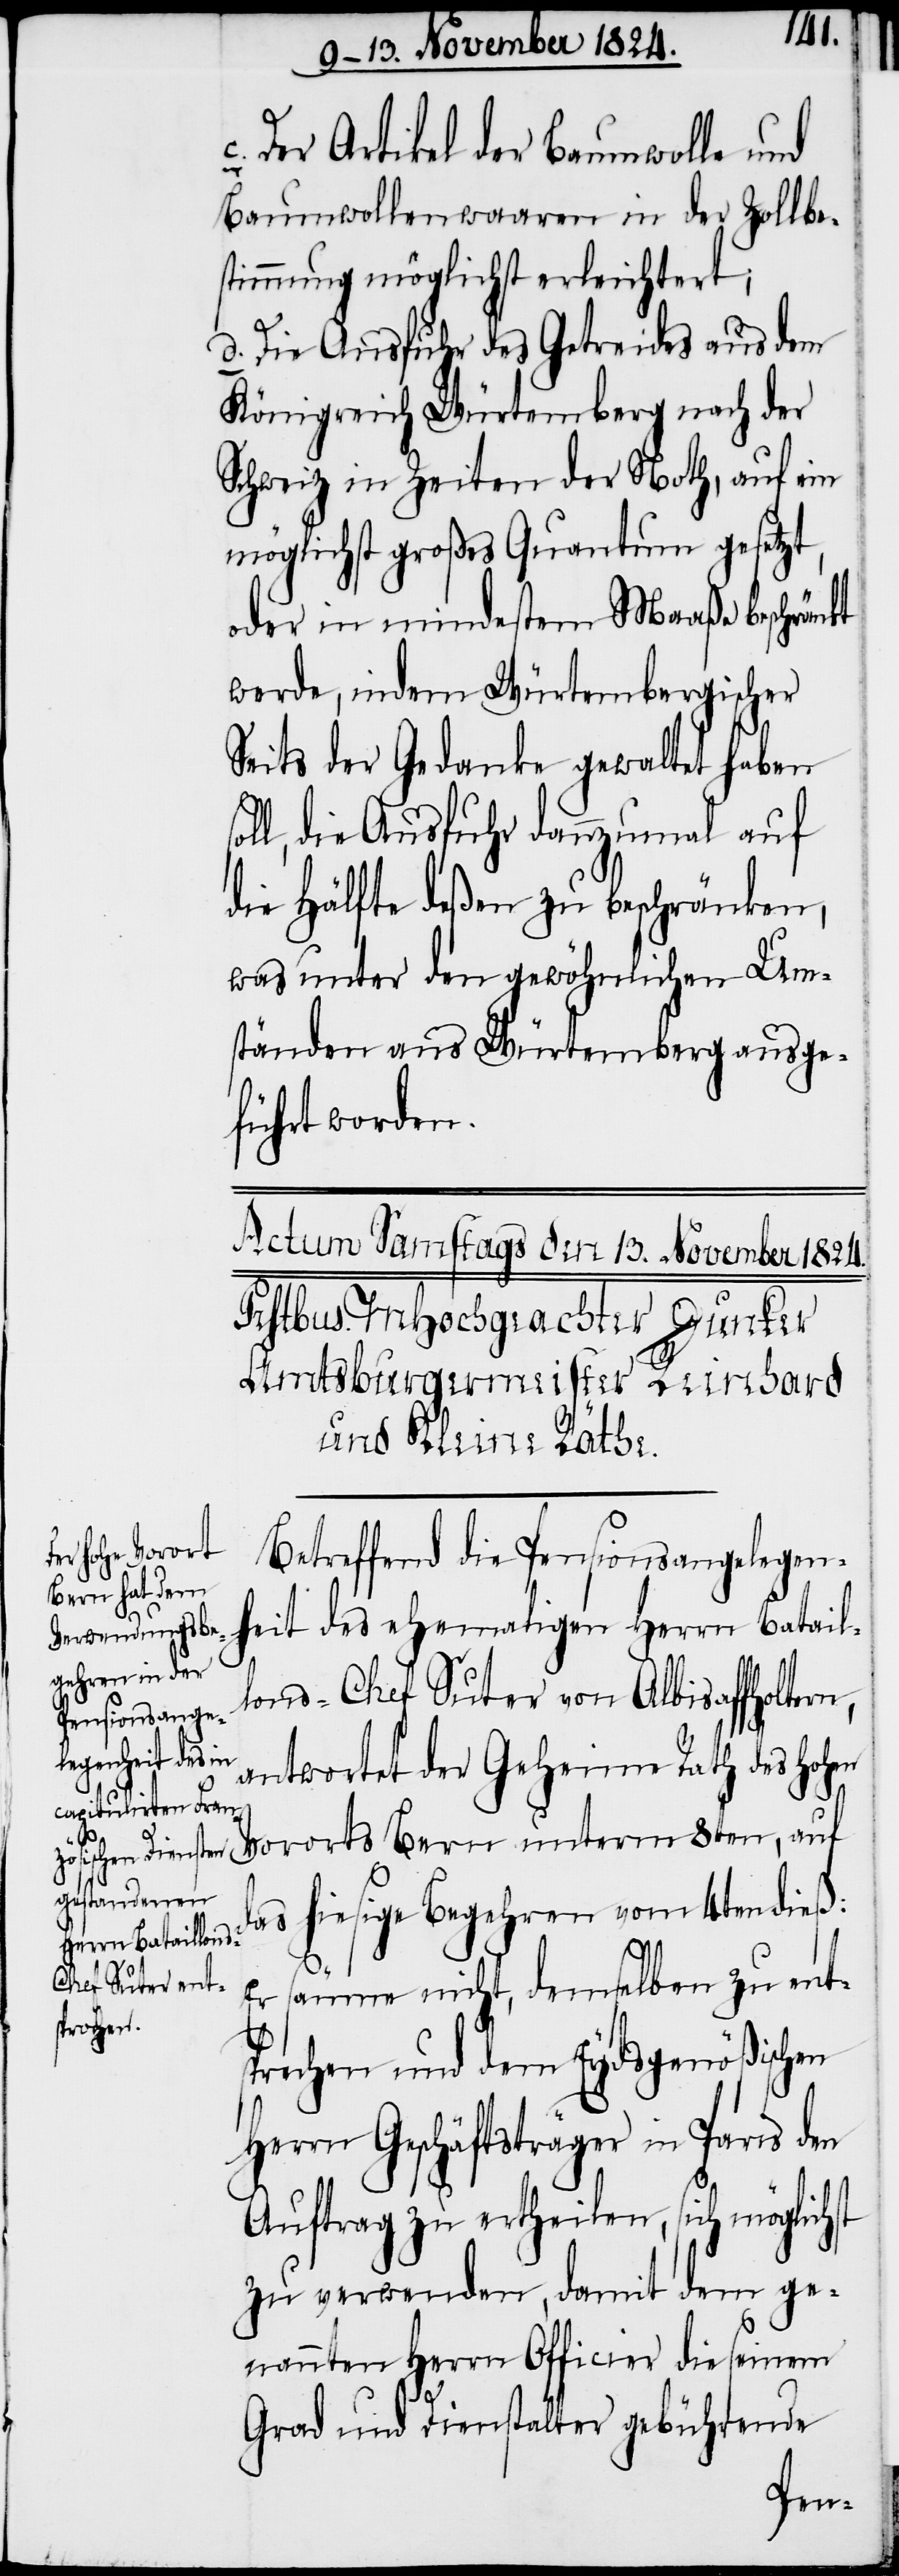
der Artikel der Baumwolle und
Baumwollenwaaren in der Zollbe¬
stimmung möglichst erleichtert;
d. Die Ausfuhr des Getreides aus dem
Königreich Würtemberg nach der
Schweiz in Zeiten der Noth, auf ein
möglichst großes Quantum gesetzt,
oder in mindestem Maaße beschränkt
werde, indem Würtembergischer
Seits der Gedanke gewaltet haben
oll, die Ausfuhr dannzumal auf
die Hälfte deßen zu beschränken,
was unter den gewöhnlichen Um¬
ständen aus Würtemberg ausge¬
führt worden.
Betreffend die Pensionsangelegenh¬
eit des ehemaligen Herrn Batail¬
lons-Chef Suter von Albisaffholtern,
antwortet der Geheime Rath des Hoh¬
Vororts Bern unterm 8ten, auf
das hiesige Begehren vom 4ten dieß:
c.
Er säume nicht, demselben zu ent¬
sprechen und dem Eydsgenößischen
Herrn Geschäftsträger in Paris den
Auftrag zu ertheilen, sich möglichst
zu verwenden, damit dem ge¬
nannten Herrn Officier die seinem
s¬
Grad und Dienstalter gebührende
en